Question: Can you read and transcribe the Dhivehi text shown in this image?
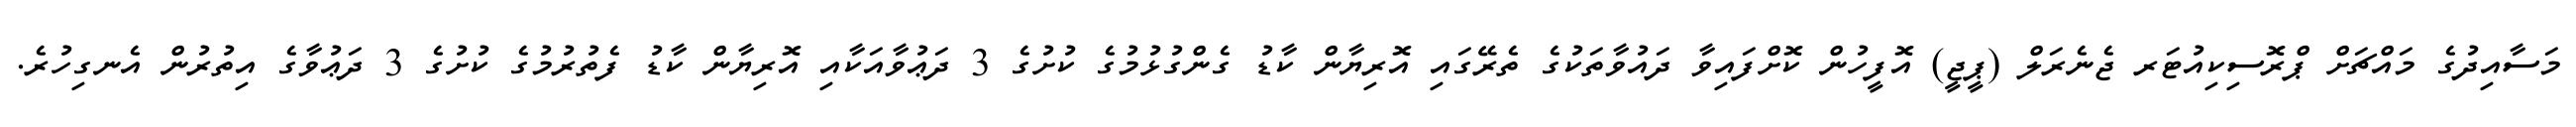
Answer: މަސާއިދުގެ މައްޗަށް ޕްރޮސިކިއުޓަރ ޖެނެރަލް (ޕީޖީ) އޮފީހުން ކޮށްފައިވާ ދައުވާތަކުގެ ތެރޭގައި އޮރިޔާން ކާޑު ގެންގުޅުމުގެ ކުށުގެ 3 ދަޢުވާއަކާއި އޮރިޔާން ކާޑު ފެތުރުމުގެ ކުށުގެ 3 ދަޢުވާގެ އިތުރުން އެނގިހުރެ.